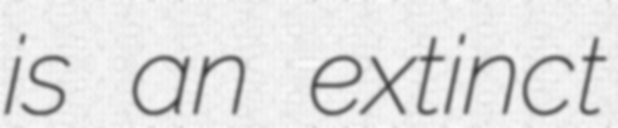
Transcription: is an extinct